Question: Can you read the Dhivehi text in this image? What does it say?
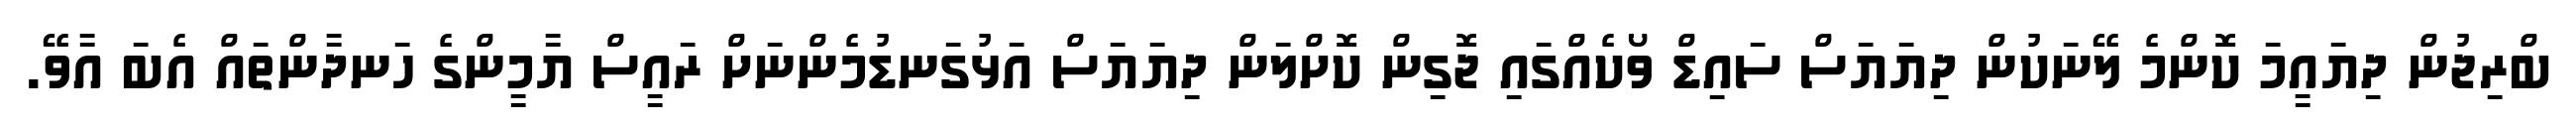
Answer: ބްރިޖުން ދިޔައީމަ ކޮންމެ ލޭނަކުން ދިޔަޔަސް ސައިޑް ވޯކެއްގައި ޖޮގިން ކޮށްލަން ދިޔަޔަސް އަޅުގަނޑުމެންނަށް ރައީސް ޔާމީންގެ ހަނދާންތައް އެބަ އާވޭ.